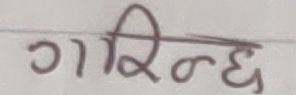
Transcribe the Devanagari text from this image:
गरिन्छ